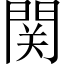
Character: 関